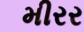
મીરર